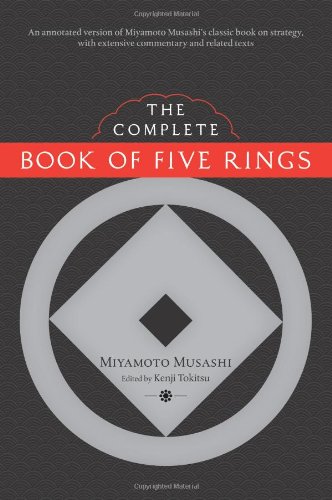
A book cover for The Complete Book of Five Rings; Miyamoto Musashi; Sports & Outdoors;